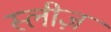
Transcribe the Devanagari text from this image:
स्लीज़